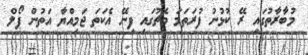
މުބާރާތުގައި ރޭ ކުޅުނު ފުރަތަމަ މެޗުގައި ފިނޭ އެކަތަ ޖަމިއްޔާ އަތުން ޕޯލް